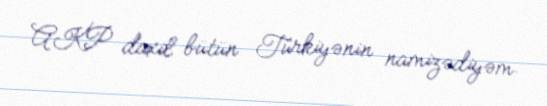
AKP daxil bütün Türkiyənin namizədiyəm.